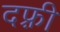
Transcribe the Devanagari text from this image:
दफ़्री